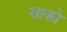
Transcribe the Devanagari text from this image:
साको